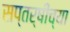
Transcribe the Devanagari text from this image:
सप्तर्षींच्या